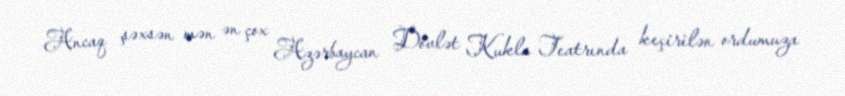
Ancaq şəxsən mən ən çox Azərbaycan Dövlət Kukla Teatrında keçirilən ordumuza